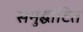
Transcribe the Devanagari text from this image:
समुद्घाटित